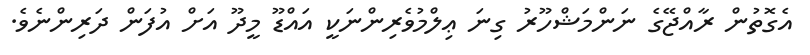
އެގޮތުން ރާއްޖޭގެ ނަންމަޝްހޫރު ގިނަ ޢިލްމުވެރިންނަކީ އައްޑޫ މީދޫ އަށް އުފަން ދަރިންނެވެ.